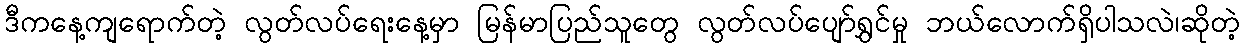
ဒီကနေ့ကျရောက်တဲ့ လွတ်လပ်ရေးနေ့မှာ မြန်မာပြည်သူတွေ လွတ်လပ်ပျော်ရွှင်မှု ဘယ်လောက်ရှိပါသလဲ၊ဆိုတဲ့